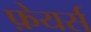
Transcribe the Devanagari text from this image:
फ़ेयर्स